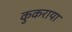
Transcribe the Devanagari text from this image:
कुकराया